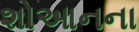
શોઆનના